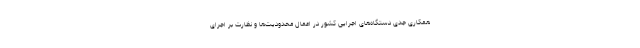
همکاری جدی دستگاه‌های اجرایی کشور در اعمال محدودیت‌ها و نظارت بر اجرای